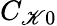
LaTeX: C_{\mathscr{K}0}